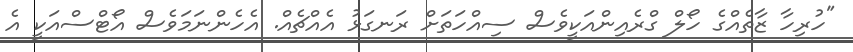
"ހުރިހާ ޒާތެެއްގެ ހޯލް ގްރެއިންއަކީވެސް ސިއްހަތަށް ރަނގަޅު އެއްޗެއް. އެހެންނަމަވެސް އޯޓްސްއަކީ އެ